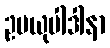
ဥပယုပါဒါနာ